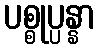
ပစ္စုပ္ပန္နာ